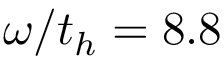
\omega / t _ { h } = 8 . 8